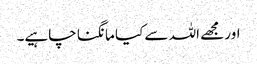
اور مجھے اللہ سے کیا مانگنا چاہیے۔